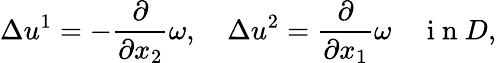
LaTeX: \Delta u^{1}=-\frac{\partial}{\partial x_{2}}\omega,\quad\Delta u^{2}=\frac{\partial}{\partial x_{1}}\omega\quad\mathrm{~i~n~}D,